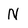
Character: N